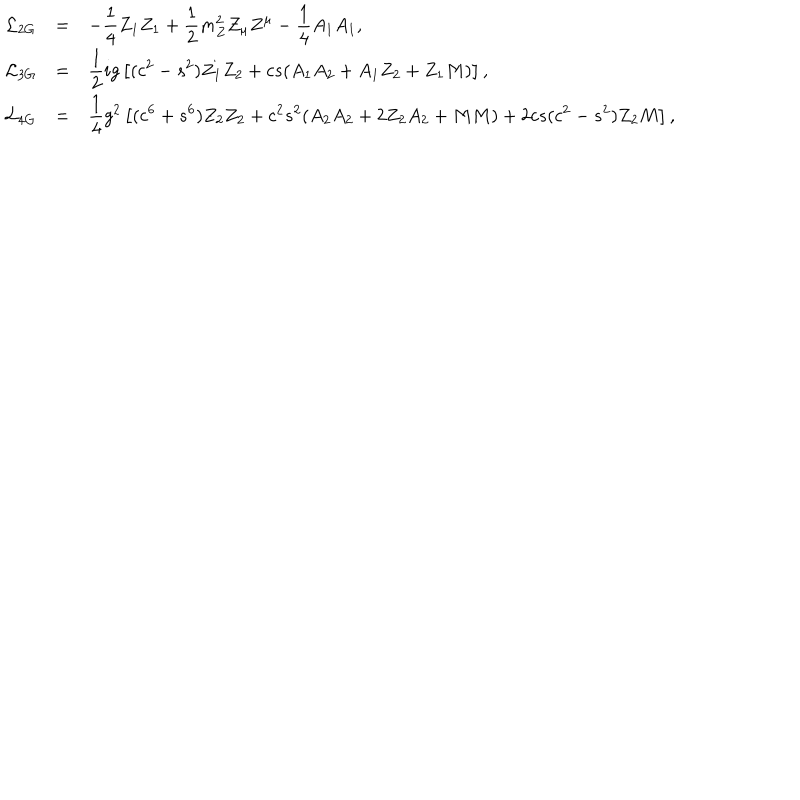
\begin{array} { r c l } { { { \cal L } _ { 2 G } } } & { { = } } & { { \displaystyle - \frac { 1 } { 4 } Z _ { 1 } Z _ { 1 } + \frac { 1 } { 2 } m _ { Z } ^ { 2 } Z _ { \mu } Z ^ { \mu } - \frac { 1 } { 4 } A _ { 1 } A _ { 1 } , } } \\ { { { \cal L } _ { 3 G } } } & { { = } } & { { \displaystyle \frac { 1 } { 2 } i g \left[ ( c ^ { 2 } - s ^ { 2 } ) Z _ { 1 } Z _ { 2 } + c s ( A _ { 1 } A _ { 2 } + A _ { 1 } Z _ { 2 } + Z _ { 1 } M ) \right] , } } \\ { { { \cal L } _ { 4 G } } } & { { = } } & { { \displaystyle \frac { 1 } { 4 } g ^ { 2 } \left[ ( c ^ { 6 } + s ^ { 6 } ) Z _ { 2 } Z _ { 2 } + c ^ { 2 } s ^ { 2 } ( A _ { 2 } A _ { 2 } + 2 Z _ { 2 } A _ { 2 } + M M ) + 2 c s ( c ^ { 2 } - s ^ { 2 } ) Z _ { 2 } M \right] , } } \\ \end{array}